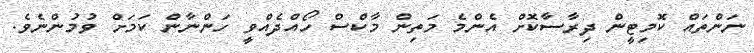
ނަންތައް ކޮމިޓީން ދިރާސާކޮށް އެންމެ މަތިން މާކްސް ހޯއްދެއްވީ ހަންނާން ކަމަށް ވުމުންނެވެ.